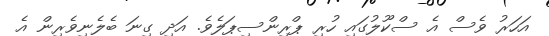
އަހަރު ވެސް އެ ސްކޫލުގައި ހުރި ޕްރިންސިޕަލެވެ. އަދި ގިނަ ބެލެނިވެރިން އެ